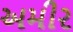
અમીર